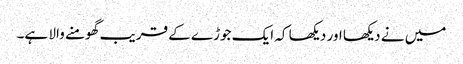
میں نے دیکھا اور دیکھا کہ ایک جوڑے کے قریب گھومنے والا ہے۔